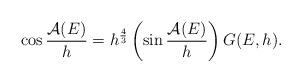
LaTeX: \begin{align*}\cos \frac{{\mathcal A}(E)}{h} = h^{\frac43}\left (\sin \frac{{\mathcal A}(E)}{h}\right )G(E,h).\end{align*}